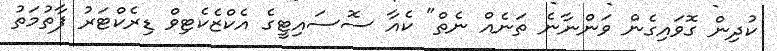
ކުދިން ގޮވައިގެން ވަންނާނެ ތަނެއް ނެތް" ކެއާ ސޮސައިޓީގެ އެކްޒެކެޓިވް ޑިރެކްޓަރު ފާތުމަތު